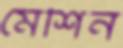
মেশিন